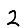
Digit: 2